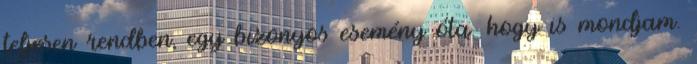
teljesen rendben, egy bizonyos esemény óta. hogy is mondjam.